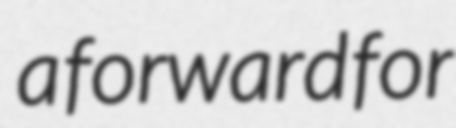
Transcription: a forward for